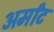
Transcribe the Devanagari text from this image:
अर्मांट